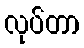
လုပ်တာ